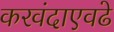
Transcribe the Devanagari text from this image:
करवंदाएवढे